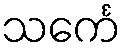
သင်္ကေ